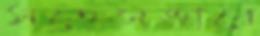
সতেজভাবে